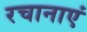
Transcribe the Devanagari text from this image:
रचानाएं